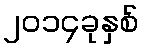
၂၀၁၄ခုနှစ်